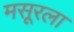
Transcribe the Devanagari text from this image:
मसूरला